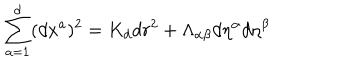
\sum _ { a = 1 } ^ { d } ( d x ^ { a } ) ^ { 2 } = K _ { d } d r ^ { 2 } + \Lambda _ { \alpha \beta } d \eta ^ { \alpha } d \eta ^ { \beta }